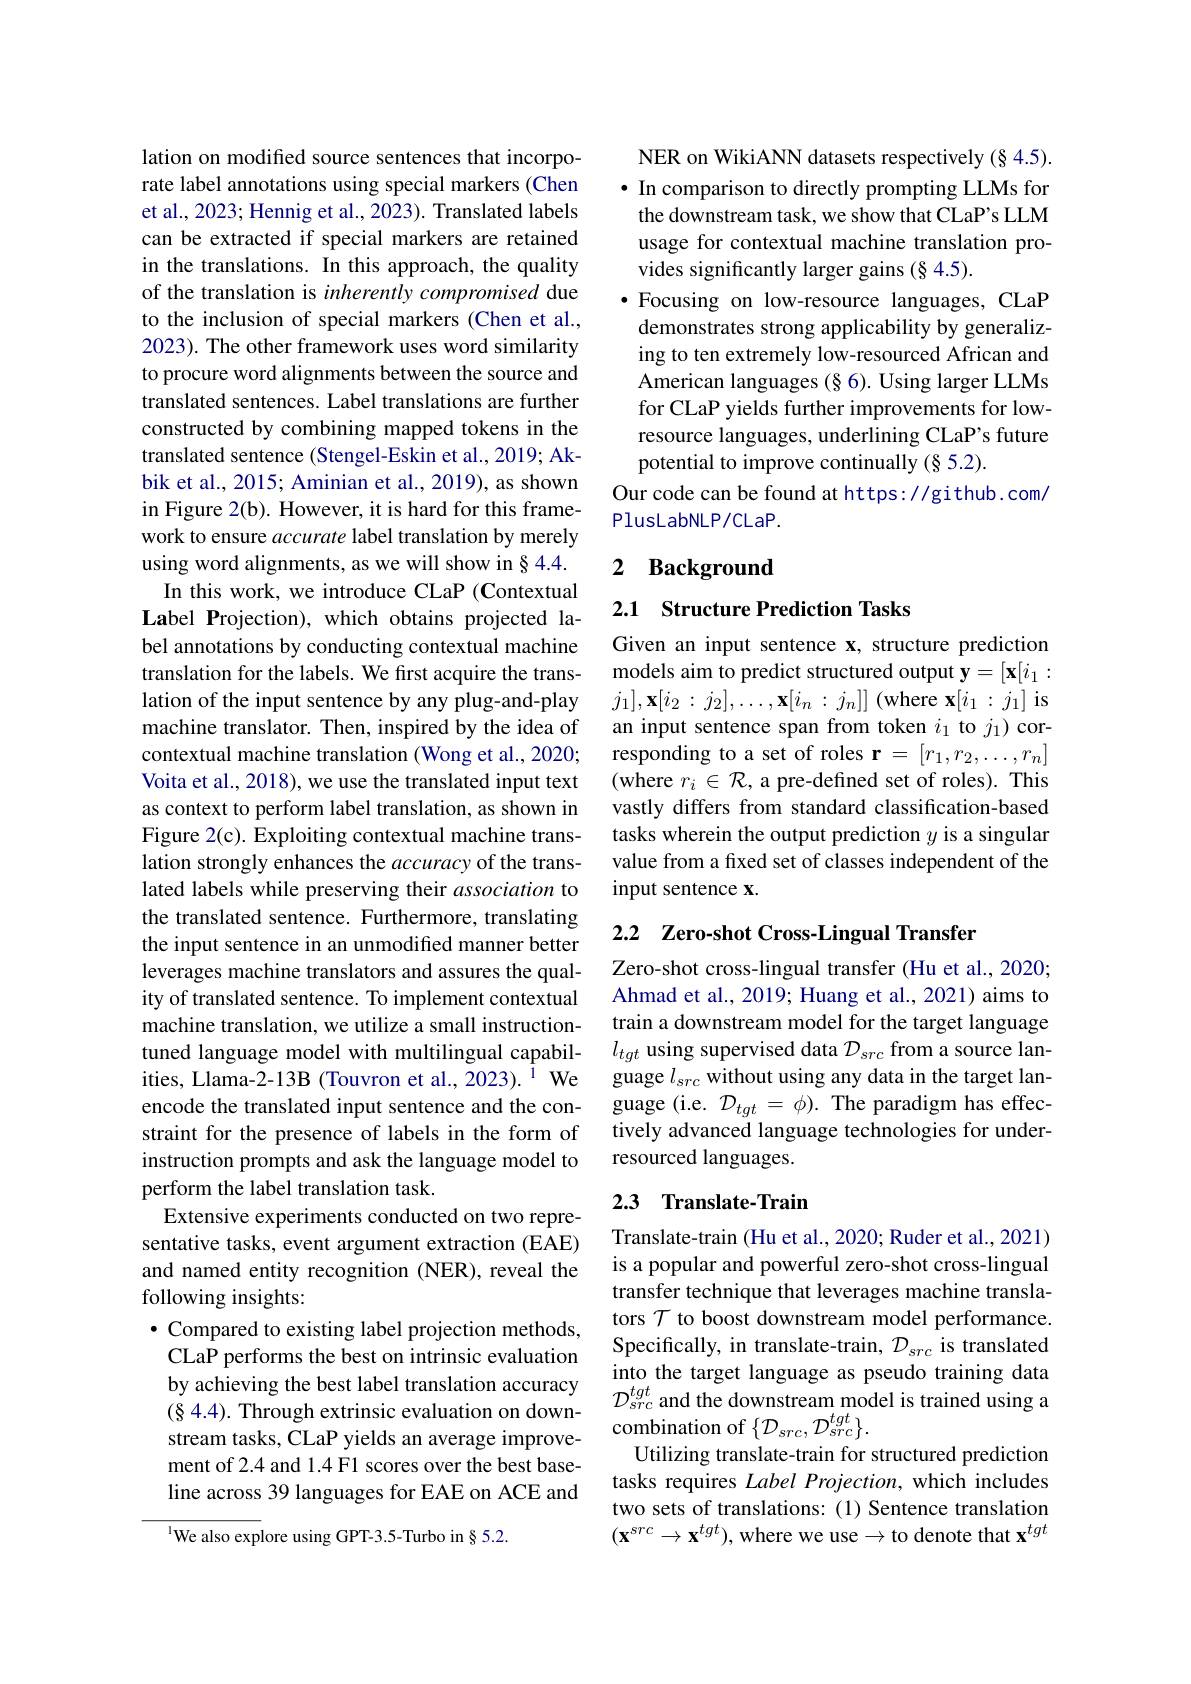
lation on modified source sentences that incorporate label annotations using special markers (Chen et al., 2023; Hennig et al., 2023). Translated labels can be extracted if special markers are retained in the translations. In this approach, the quality of the translation is inherently compromised due to the inclusion of special markers (Chen et al., 2023). The other framework uses word similarity to procure word alignments between the source and translated sentences. Label translations are further constructed by combining mapped tokens in the translated sentence (Stengel-Eskin et al., 2019; Akbik et al., 2015; Aminian et al., 2019), as shown in Figure 2(b). However, it is hard for this framework to ensure accurate label translation by merely using word alignments, as we will show in § 4.4. In this work, we introduce CLaP (Contextual Label Projection), which obtains projected label annotations by conducting contextual machine translation for the labels. We first acquire the translation of the input sentence by any plug-and-play machine translator. Then, inspired by the idea of contextual machine translation (Wong et al., 2020; Voita et al., 2018), we use the translated input text as context to perform label translation, as shown in Figure 2(c). Exploiting contextual machine translation strongly enhances the accuracy of the translated labels while preserving their association to the translated sentence. Furthermore, translating the input sentence in an unmodified manner better leverages machine translators and assures the quality of translated sentence. To implement contextual machine translation, we utilize a small instructiontuned language model with multilingual capabilities, Llama-2-13B (Touvron et al., 2023).$^{\mathrm{i}}$ We encode the translated input sentence and the constraint for the presence of labels in the form of instruction prompts and ask the language model to perform the label translation task.
Extensive experiments conducted on two representative tasks, event argument extraction (EAE) and named entity recognition (NER), reveal the following insights:
$\bullet$ Compared to existing label projection methods, CLaP performs the best on intrinsic evaluation by achieving the best label translation accuracy $(\S$ 4.4). Through extrinsic evaluation on downstream tasks, CLaP yields an average improvement of 2.4 and 1.4 F1 scores over the best baseline across 39 languages for EAE on ACE and $^{\mathrm{l}}$We also explore using GPT-3.5-Turbo in§5.2.

NER on WikiANN datasets respectively (§ 4.5). · In comparison to directly prompting LLMs for
the downstream task, we show that CLaP's LLM usage for contextual machine translation provides significantly larger gains (§ 4.5).
·Focusing on low-resource languages, CLaP demonstrates strong applicability by generalizing to ten extremely low-resourced African and American languages (§ 6). Using larger LLMs for CLaP yields further improvements for lowresource languages, underlining CLaP's future potential to improve continually (§ 5.2).
Our code can be found at https: //github. com/
PlusLabNLP/CLaP.

## 2 Background

### 2.1 Structure Prediction Tasks

Given an input sentence x, structure prediction models aim to predict structured output $\mathbf{y}=[\mathbf{x}[i_1:$ $j_{1}],\mathbf{x}[i_{2}:j_{2}],\ldots,\mathbf{x}[i_{n}:j_{n}]]$ (where x$[i_{1}:j_{1}]$ is an input sentence span from token $i_1$ to $j_1)$ corresponding to a set of roles r $=[r_1,r_2,\ldots,r_n]$ (where $r_i\in\mathcal{R}$, a pre-defined set of roles). This vastly differs from standard classification-based tasks wherein the output prediction $y$ is a singular value from a fixed set of classes independent of the input sentence x.

# 2.2 Zero-shot Cross-Lingual Transfer

Zero-shot cross-lingual transfer (Hu et al., 2020; Ahmad et al., 2019; Huang et al., 2021) aims to train a downstream model for the target language $l_{tgt}$ using supervised data $\mathcal D_src$ from a source language $l_src$ without using any data in the target language (i.e. $\mathcal{D}_tgt=\phi).$ The paradigm has effectively advanced language technologies for underresourced languages.

## 2.3 Translate-Train

Translate-train (Hu et al., 2020; Ruder et al., 2021) is a popular and powerful zero-shot cross-lingual transfer technique that leverages machine translators $\mathcal{T}$ to boost downstream model performance. Specifically, in translate-train, $\mathcal{D}_{src}$ is translated into the target language as pseudo training data $\mathcal{D}_{src}^{tgt}$ and the downstream model is trained using a combination of $\{\mathcal{D}_src,\mathcal{D}_{src}^{tgt}\}.$
Utilizing translate-train for structured prediction tasks requires Label Projection, which includes two sets of translations: (1) Sentence translation $(\mathbf{x}^{src}\to\mathbf{x}^{tgt})$,where we use$\to$to denote that $\mathbf{x}^tgt$